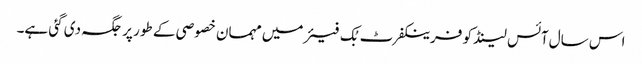
اس سال آئس لینڈ کو فرینکفرٹ بُک فیئر میں مہمان خصوصی کے طور پر جگہ دی گئی ہے۔